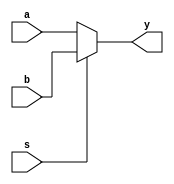
module mux2x1_behavioral (a, b, s, y);
	
	input a, b, s;
	output y;

	reg y;

	always @ (s or a or b)
	begin
		if(s)
		begin
			y = b;
		end 
		else
		begin
			y = a;
		end 
	end 

endmodule